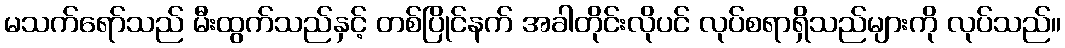
မသက်ရော်သည် မီးထွက်သည်နှင့် တစ်ပြိုင်နက် အခါတိုင်းလိုပင် လုပ်စရာရှိသည်များကို လုပ်သည်။